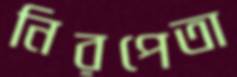
নিরপেতা